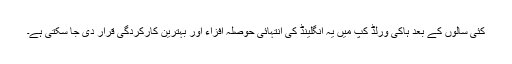
کئی سالوں کے بعد ہاکی ورلڈ کپ میں یہ انگلینڈ کی انتہائی حوصلہ افزاء اور بہترین کارکردگی قرار دی جا سکتی ہے۔